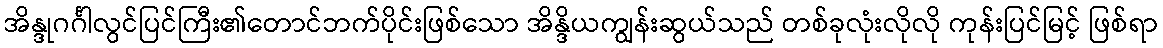
အိန္ဒုဂင်္ဂါလွင်ပြင်ကြီး၏တောင်ဘက်ပိုင်းဖြစ်သော အိန္ဒိယကျွန်းဆွယ်သည် တစ်ခုလုံးလိုလို ကုန်းပြင်မြင့် ဖြစ်ရာ